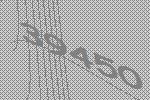
39450